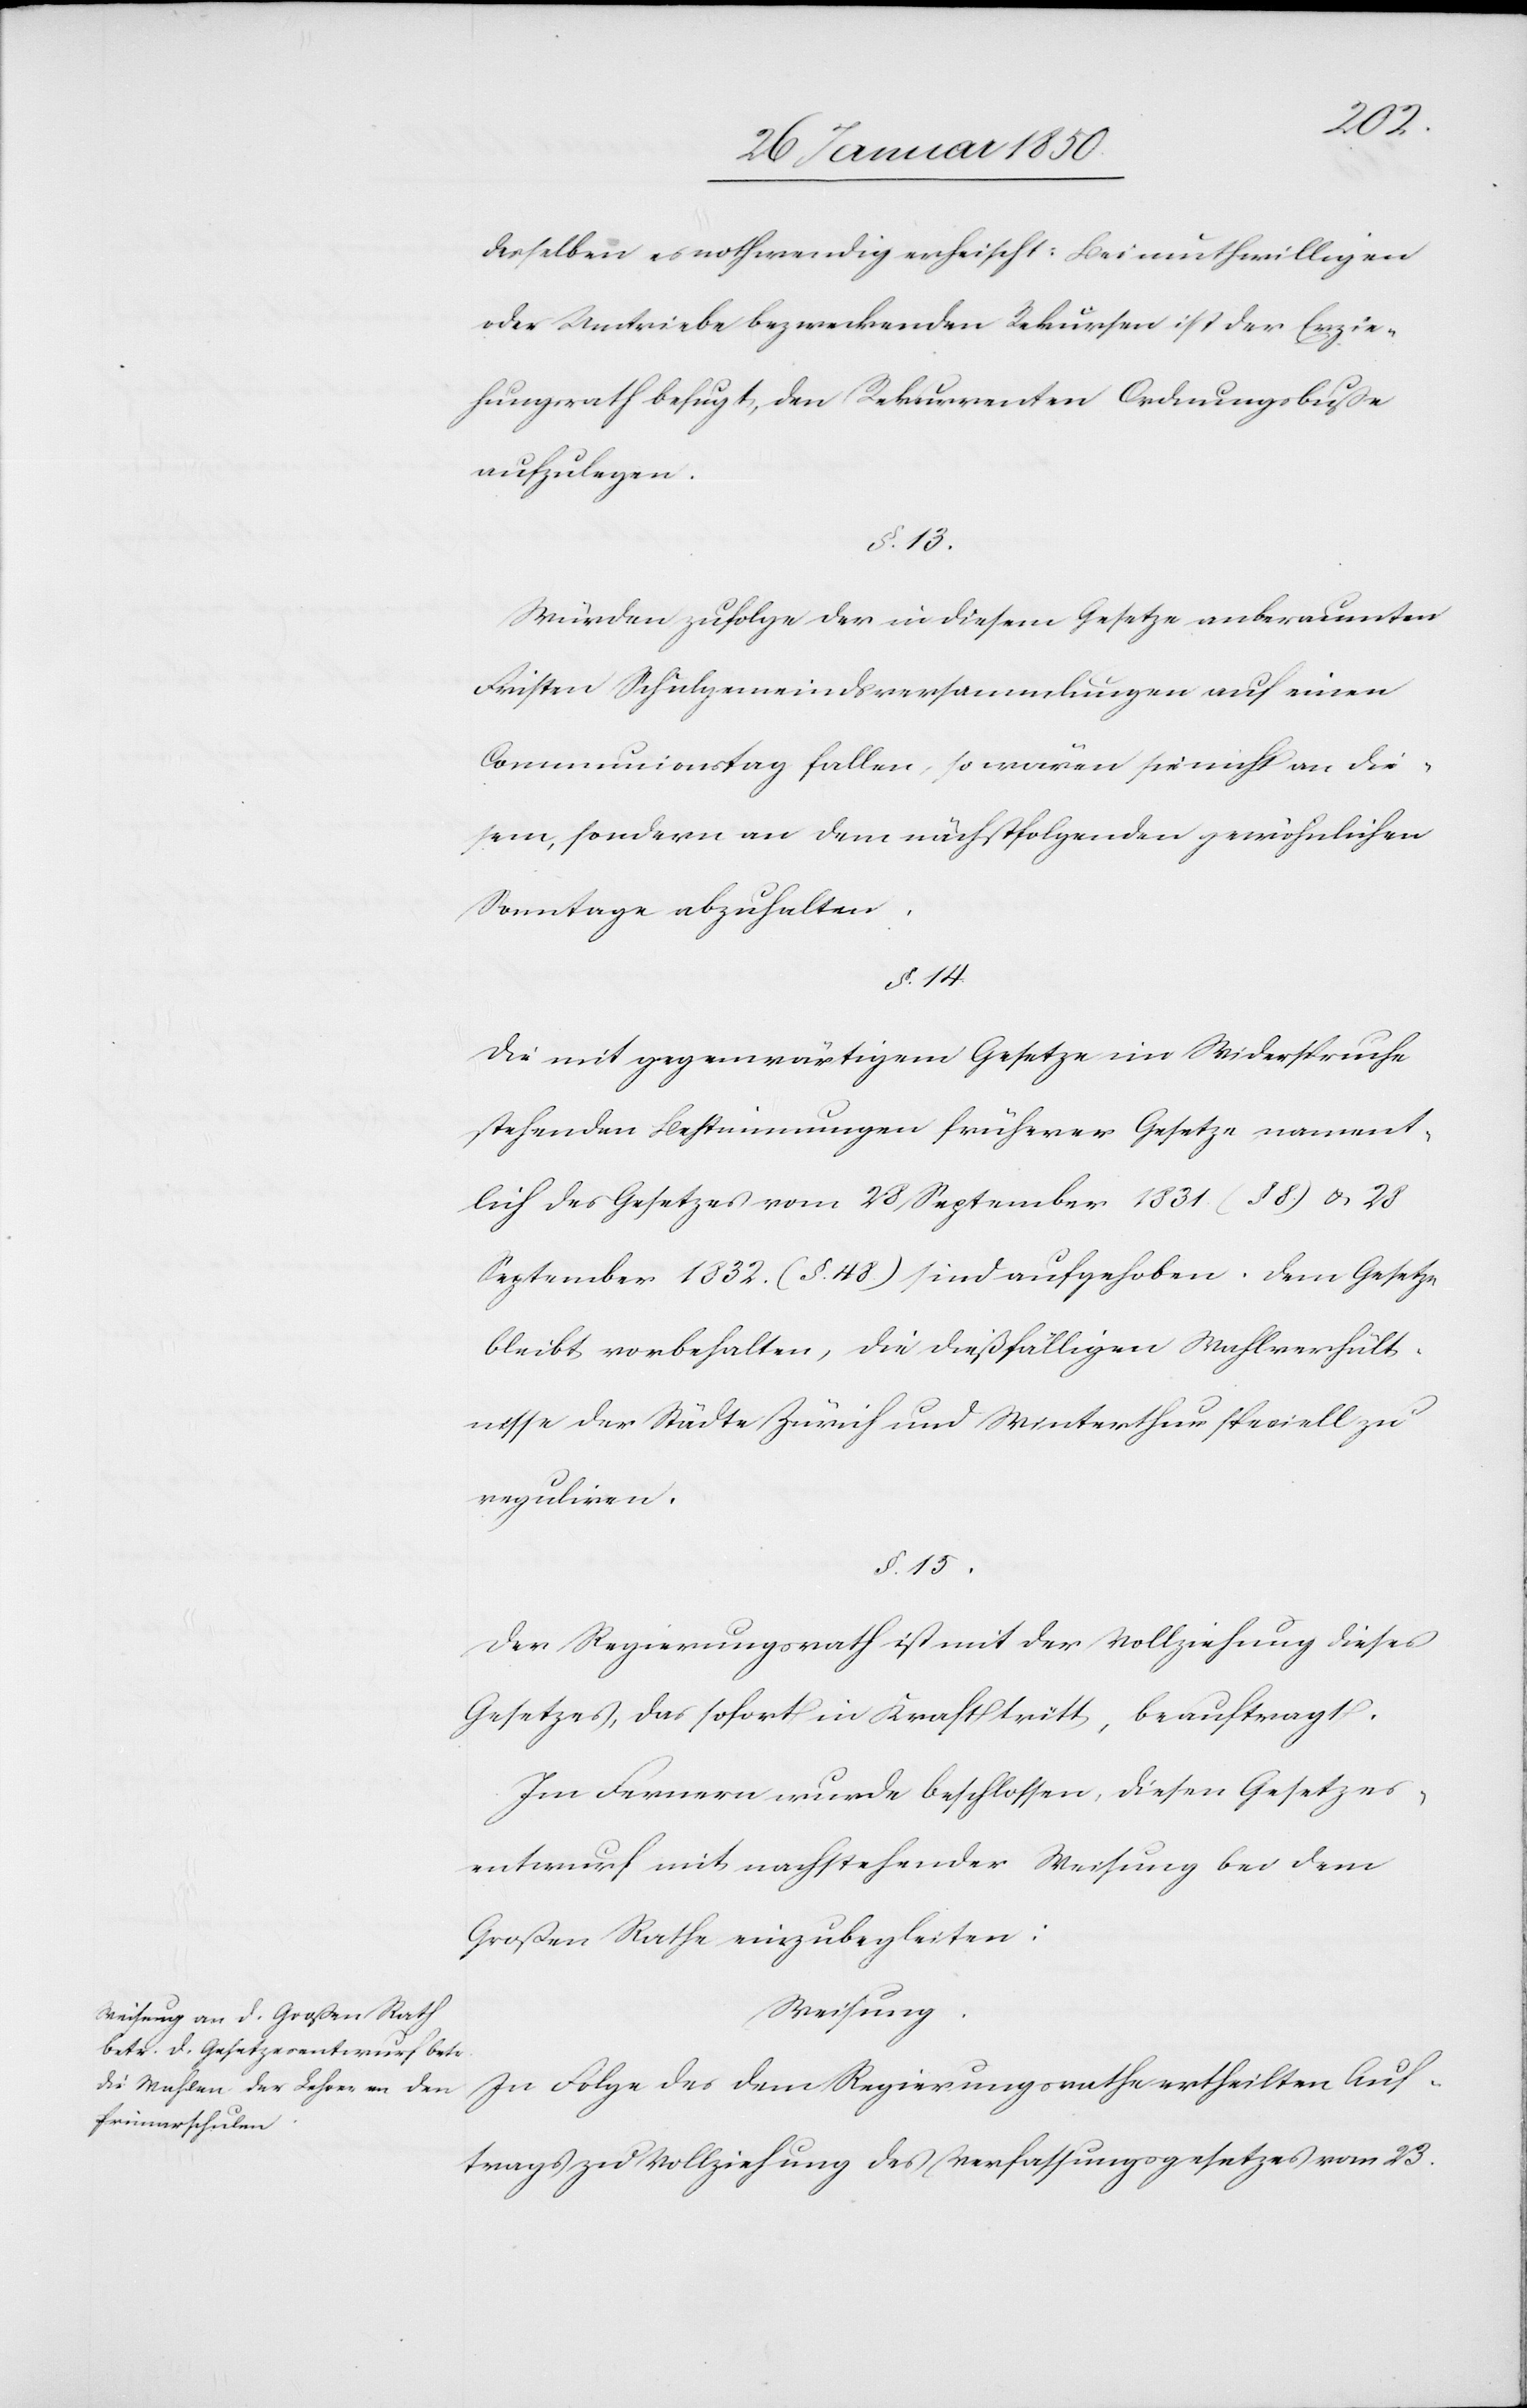
desselben es nothwendig erheischt: Bei muthwilligen
oder Umtriebe bezweckenden Rekursen ist der Erzie¬
hungsrath befugt, den Rekurrenten Ordnungsbuße
aufzulegen.
Würden zufolge der in diesem Gesetze anberaumten
Fristen Schulgemeindsversammlungen auf einen
Communionstag fallen, so wären sie nicht an die¬
sem, sondern an dem nächstfolgenden gewöhnlichen
Sonntage abzuhalten.
§. 14.
Die mit gegenwärtigem Gesetze im Widerspruche
stehenden Bestimmungen früherer Gesetze nament¬
lich des Gesetzes vom 28 September 1831 (§. 8.) u. 28
September 1832. (§. 48) sind aufgehoben. Dem Gesetze
bleibt vorbehalten, die dießfälligen Wahlverhält¬
nisse der Städte Zürich und Winterthur speciell zu
reguliren.
§. 15.
Der Regierungsrath ist mit der Vollziehung dieses
Gesetzes, das sofort in Kraft tritt, beauftragt.
Im Fernern wurde beschlossen, diesen Gesetzes¬
entwurf mit nachstehender Weisung bei dem
Großen Rathe einzubegleiten:
Weisung:
In Folge des dem Regierungsrathe ertheilten Auf¬
trags zu Vollziehung des Verfassungsgesetzes vom 23.